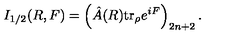
I _ { 1 / 2 } ( R , F ) = \left( \hat { A } ( R ) \mathrm { t r } _ { \rho } e ^ { i F } \right) _ { 2 n + 2 } .